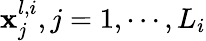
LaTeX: \mathbf{x}_{j}^{l,i},j=1,\cdots,L_{i}